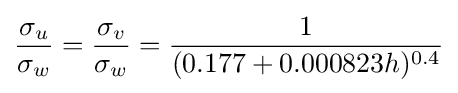
{\frac {\sigma _{u}}{\sigma _{w}}}={\frac {\sigma _{v}}{\sigma _{w}}}={\frac {1}{(0.177+0.000823h)^{0.4}}}